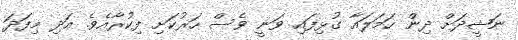
ނަޝީދަށް ދިން ހަމަލައާ ގުޅިފައި ވަނީ ވެސް ހަރުކަށި ފިކުރާއެވެ. އަދި މިފަދަ